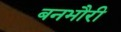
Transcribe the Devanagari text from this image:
बनभौरी